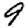
Digit: 9